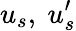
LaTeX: u_{s},\ u_{s}^{\prime}